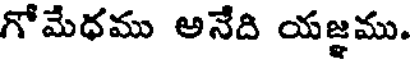
గోమేధము అనేది యజ్ఞము.